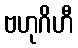
ဗဟုဂိဟီ